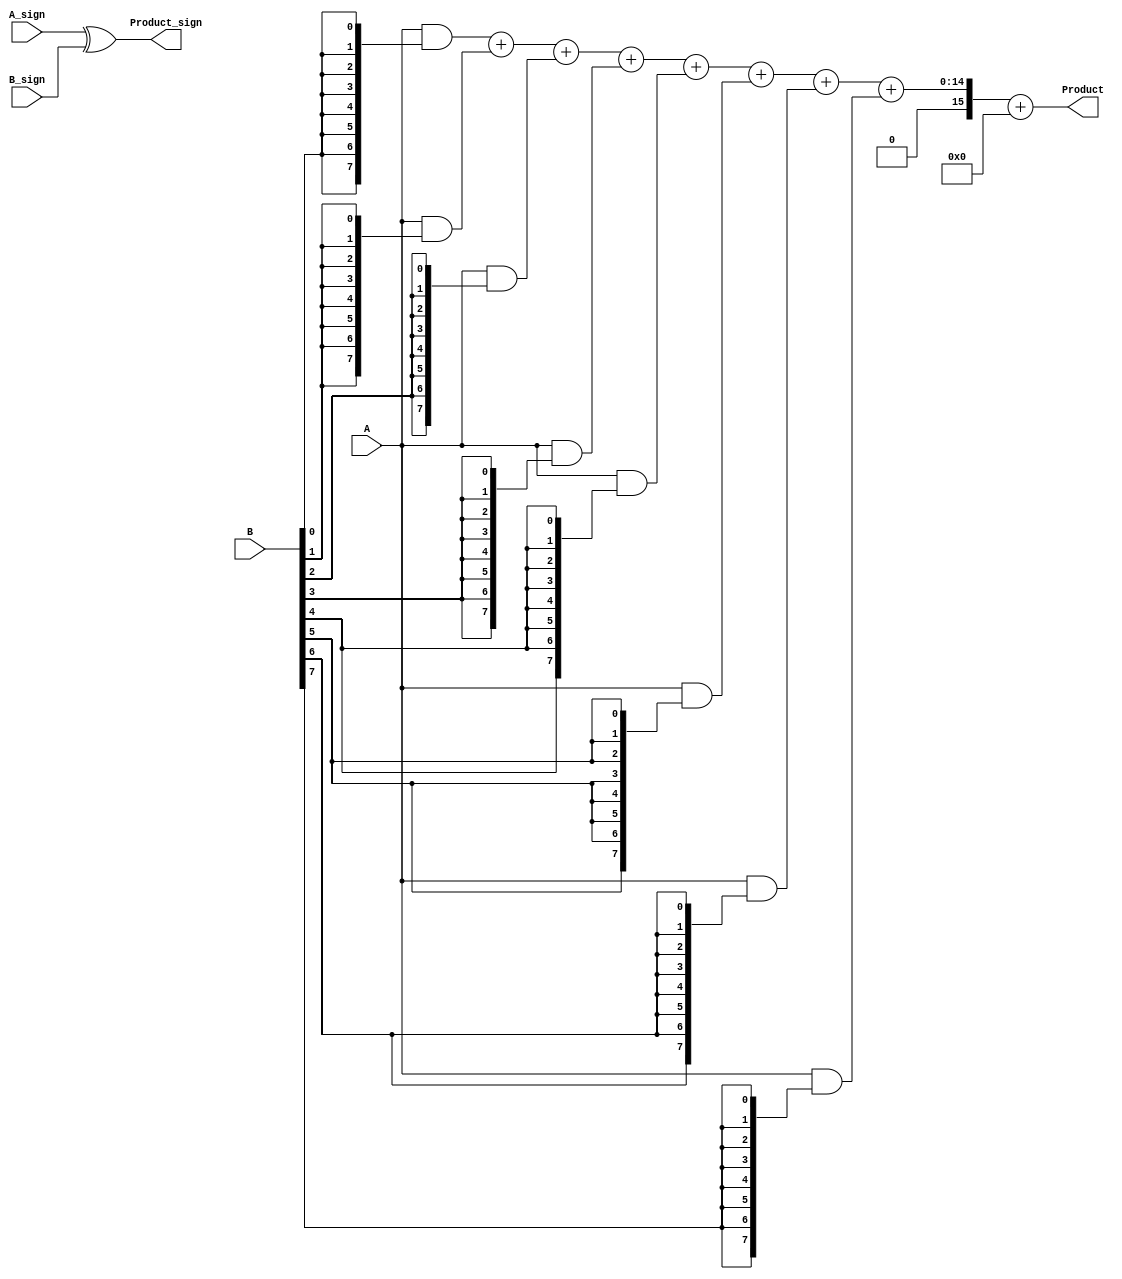
module fixed_point_wallace_tree_multiplier #(
    parameter N = 8, // Number of bits for operand A
    parameter M = 8  // Number of bits for operand B
)(
    input [N-1:0] A,          // First fixed-point operand
    input [M-1:0] B,          // Second fixed-point operand
    input A_sign,             // Sign bit of operand A
    input B_sign,             // Sign bit of operand B
    output reg [N+M-1:0] Product, // Fixed-point product output
    output reg Product_sign    // Sign bit of the resultant product
);

    // Partial product generation
    wire [N-1:0] partial_products[M-1:0];

    genvar i;
    generate
        for (i = 0; i < M; i = i + 1) begin : gen_partial_products
            assign partial_products[i] = A & {N{B[i]}};
        end
    endgenerate

    // Wallace tree reduction
    wire [N+M-1:0] sum [M-1:0];
    wire [M-1:0] carry [M-1:0];

    // Initial stage: combine partial products
    generate
        for (i = 0; i < M; i = i + 1) begin : adders
            if (i == 0) begin
                assign sum[i] = partial_products[i];
                assign carry[i] = 0;
            end else begin
                wire [N+M-1:0] temp_sum;
                wire [N+M-1:0] temp_carry;
                assign {temp_carry, temp_sum} = sum[i-1] + partial_products[i];
                assign sum[i] = temp_sum;
                assign carry[i] = temp_carry;
            end
        end
    endgenerate

    // Final addition
    wire [N+M-1:0] final_sum;
    wire final_carry;

    assign {final_carry, final_sum} = sum[M-1] + carry[M-1];

    // Sign handling
    always @(*) begin
        Product = final_sum[N+M-1:0];
        Product_sign = A_sign ^ B_sign; // XOR for sign determination
    end

endmodule